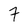
Character: 7